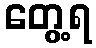
တွေ့ရ